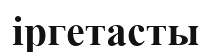
іргетасты